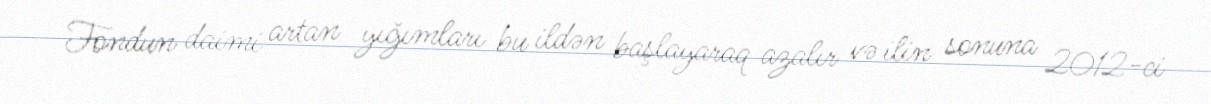
Fondun daimi artan yığımları bu ildən başlayaraq azalır və ilin sonuna 2012-ci